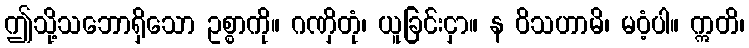
ဤသို့သဘောရှိသော ဥစ္စာကို။ ဂဏှိတုံ၊ ယူခြင်းငှာ။ န ဝိသဟာမိ၊ မဝံ့ပါ။ ဣတိ၊